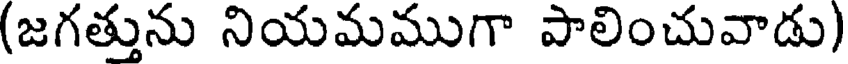
(జగత్తును నియమముగా పాలించువాడు)